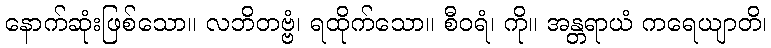
နောက်ဆုံးဖြစ်သော။ လဘိတဗ္ဗံ၊ ရထိုက်သော။ စီဝရံ၊ ကို။ အန္တရာယံ ကရေယျာတိ၊